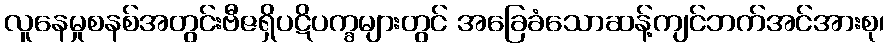
လူနေမှုစနစ်အတွင်းဗီဇရှိပဋိပက္ခများတွင် အခြေခံသောဆန့်ကျင်ဘက်အင်အားစု၊